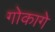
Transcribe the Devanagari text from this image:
गोकागे